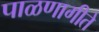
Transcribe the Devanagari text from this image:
पाळणागीते